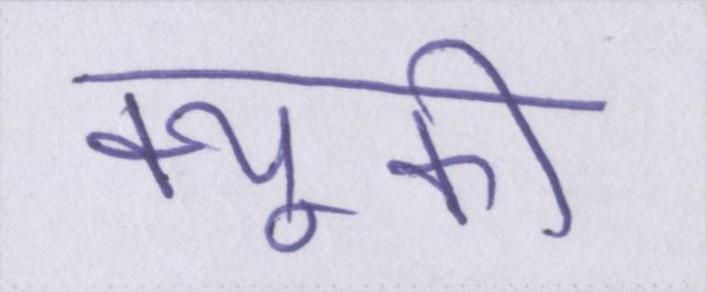
क्यूकी